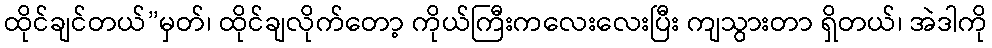
ထိုင်ချင်တယ်”မှတ်၊ ထိုင်ချလိုက်တော့ ကိုယ်ကြီးကလေးလေးပြီး ကျသွားတာ ရှိတယ်၊ အဲဒါကို